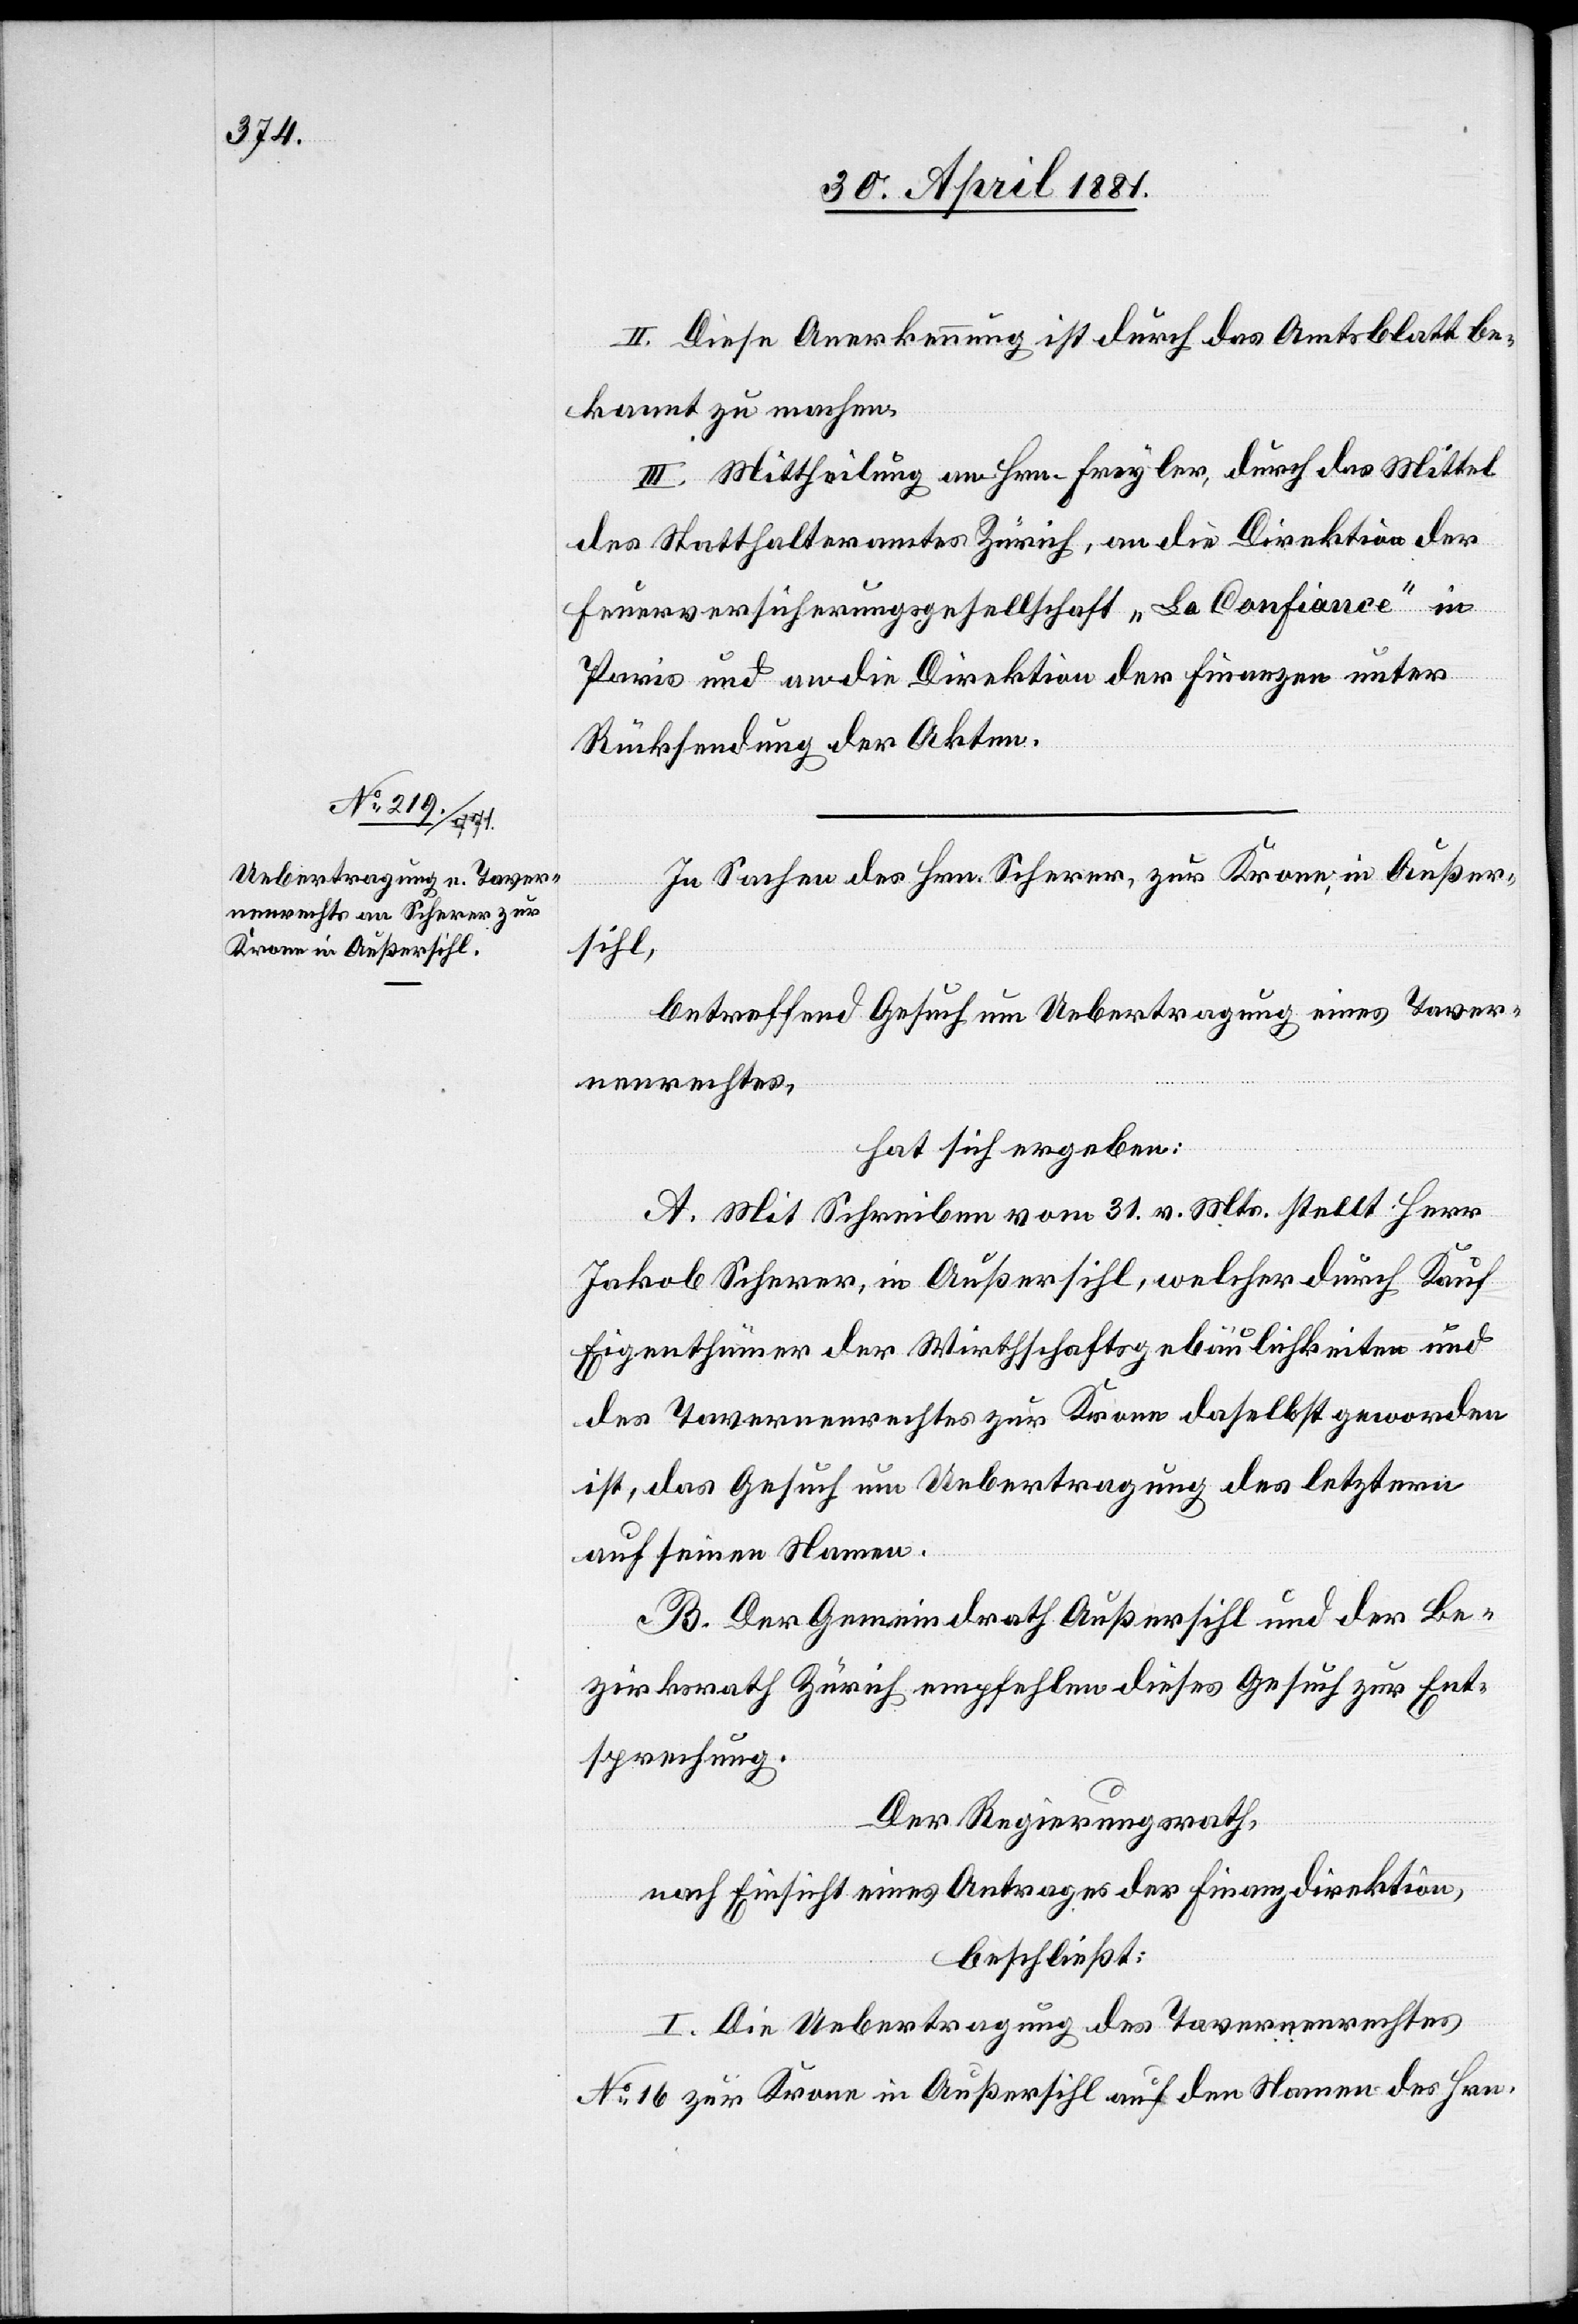
II. Diese Anerkennung ist durch das Amtsblatt be¬
kannt zu machen.
III. Mittheilung an Hrn. Freyler, durch das Mittel
des Statthalteramtes Zürich, an die Direktion der
Feuerversicherungsgesellschaft „La Confiance“ in
Paris und an die Direktion der Finanzen unter
Rückstellung der Akten.
In Sachen des Hrn. Scherer, zur Krone, in Außer¬
sihl,
betreffend Gesuch um Uebertragung eines Taver¬
nenrechtes,
hat sich ergeben:
A. Mit Schreiben vom 31. v. Mts. stellt Herr
Jakob Scherer, in Außersihl, welcher durch Kauf
Eigenthümer der Wirthschaftsgebäulichkeiten und
des Tavernenrechtes zur Krone daselbst geworden
ist, das Gesuch um Uebertragung des letzern
auf seinen Namen.
B. Der Gemeindrath Außersihl und der Be¬
zirksrath Zürich empfehlen dieses Gesuch zur Ent¬
sprechung.
Der Regierungsrath,
nach Einsicht eines Antrages der Finanzdirektion,
beschließt:
I. Die Uebertragung des Tavernenrechtes
No 16 zur Krone in Außersihl auf den Namen des Hrn.